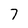
Character: 7